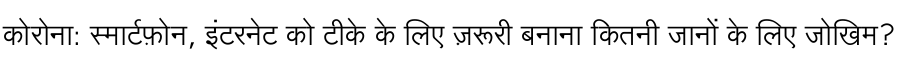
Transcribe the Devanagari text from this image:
कोरोना: स्मार्टफ़ोन, इंटरनेट को टीके के लिए ज़रूरी बनाना कितनी जानों के लिए जोखिम?